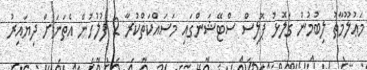
މަޢުލޫމާތު ލިބުމުން ގަލޮޅު ޕޮލިސް ސްޓޭޝަންގައި މަސައްކަތްކުރާ 2 ފުލުހުން އެތަނަށް ދިޔައިރު